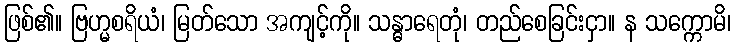
ဖြစ်၏။ ဗြဟ္မစရိယံ၊ မြတ်သော အကျင့်ကို။ သန္ဓာရေတုံ၊ တည်စေခြင်းငှာ။ န သက္ကောမိ၊